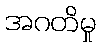
အဂတိမှု